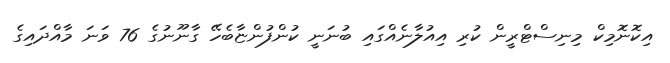
އިކޮނޮމިކް މިނިސްޓްރީން ކުރި އިއުލާނެއްގައި ބުނަނީ ކުންފުންޏާބެހޭ ގާނޫނުގެ 76 ވަނަ މާއްދައިގެ